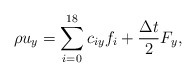
\begin{align*}\rho {u_y} = \sum\limits_{i = 0}^{18} {{c_{iy}}{f_i} + \frac{{\Delta t}}{2}{F_y}}, \end{align*}